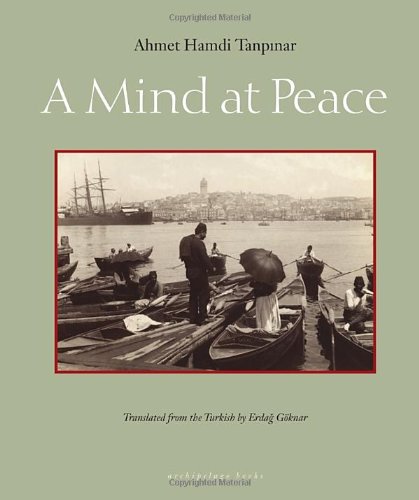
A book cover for A Mind at Peace; Ahmet Hamdi Tanpinar; Literature & Fiction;